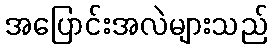
အပြောင်းအလဲများသည်